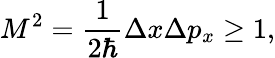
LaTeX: M^{2}=\frac{1}{2\hbar}\Delta x\Delta p_{x}\geq 1,